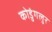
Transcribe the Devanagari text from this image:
कोडुंगलुर